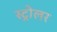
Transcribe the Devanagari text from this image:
स्ट्रोलर